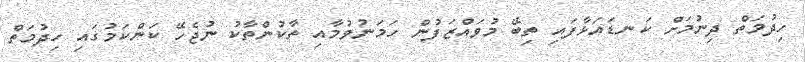
ހިދުމަތް ދިނުމަށް ކަނޑައަޅާފައި ތިބޭ މުވައްޒަފުން ހަމަނުވުމާއި ތާކުންތާކު ނުޖެހޭ ކަންކަމުގައި ހިދުމަތް